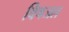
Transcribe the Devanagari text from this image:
विषजल